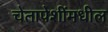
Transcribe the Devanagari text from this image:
चेतापेशींमधील